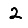
Digit: 2